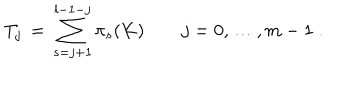
LaTeX: T _ { j } \, = \, \sum _ { s = j + 1 } ^ { l - 1 - j } \pi _ { s } ( K ) \qquad j = 0 , \ldots , m - 1 \; .